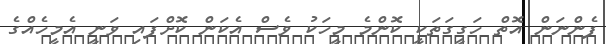
ފެންނަން އޮތް ހަގީގަތަކީ ކޮންމެ މީހަކު ވެސް އެކަން ކޮށްފައި ވަނީ އެމީހެއްގެ